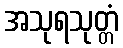
အသုရသုတ္တံ